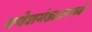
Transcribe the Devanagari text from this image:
गणेशमंडळामध्ये